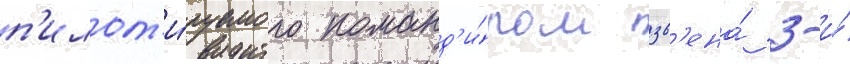
п'илот'и́руемого команд'и́ром зв'ена́ 3-и́